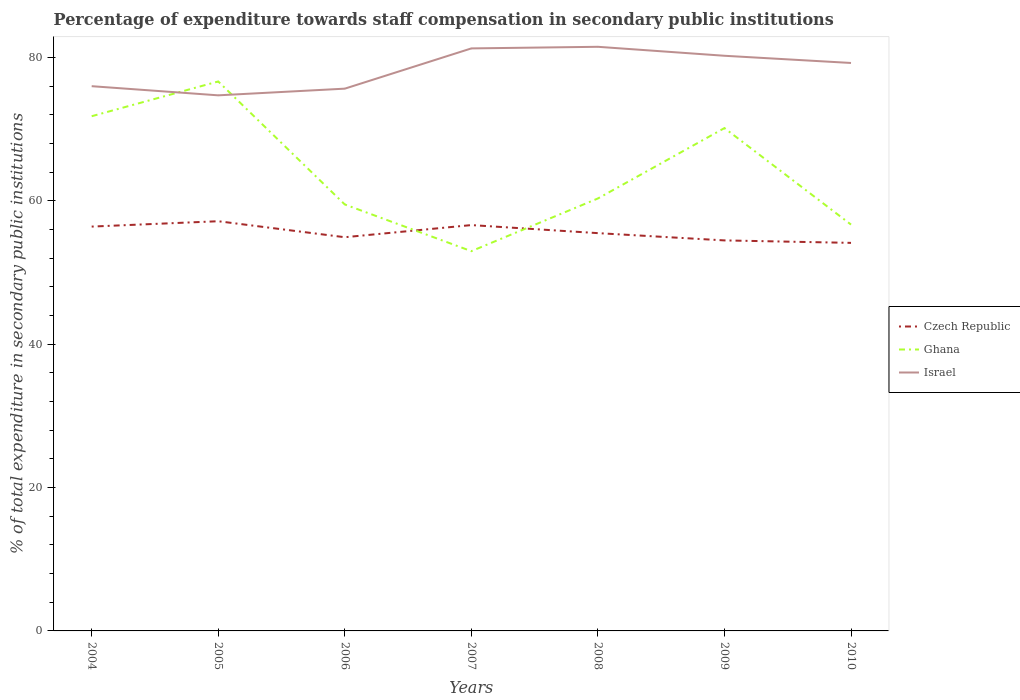
| Years | Czech Republic | Ghana | Israel |
 | --- | --- | --- | --- |
 | 2004 | 56.4 | 71.8 | 76 |
 | 2005 | 57.1 | 76.6 | 74.7 |
 | 2006 | 54.9 | 59.5 | 75.6 |
 | 2007 | 56.6 | 53 | 81.2 |
 | 2008 | 55.5 | 60.3 | 81.5 |
 | 2009 | 54.5 | 70.1 | 80.2 |
 | 2010 | 54.1 | 56.7 | 79.2 |